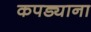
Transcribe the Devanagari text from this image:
कपड्याना